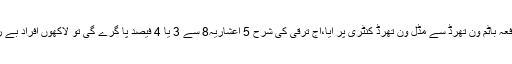
سابق وزیر داخلہ نے کہا کہ ن لیگ کے 5 سال کے اندر پہلی دفعہ باٹم ون تھرڈ سے مڈل ون تھرڈ کنٹری پر آیا،آج ترقی کی شرح 5 اعشاریہ8 سے 3 یا 4 فیصد پا گرے گی تو لاکھوں افراد بے روزگار ہوں گے، ہم حکومت کے چہرے سے نقاب اتاریں گے۔